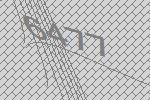
6477